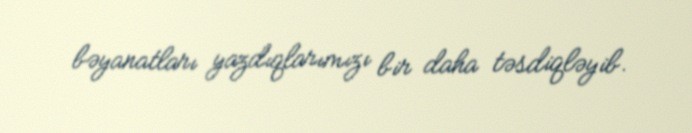
bəyanatları yazdıqlarımızı bir daha təsdiqləyib.